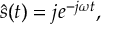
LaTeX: { \hat { s } } ( t ) = j e ^ { - j \omega t } ,